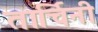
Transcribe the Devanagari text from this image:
तार्चिनी